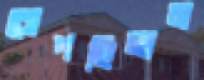
রোপছিলাম